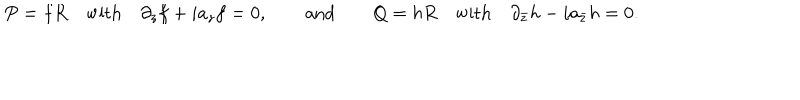
P = f R \quad \mathrm { w i t h } \quad \partial _ { z } f + i a _ { z } f = 0 , \qquad \mathrm { a n d } \qquad Q = h R \quad \mathrm { w i t h } \quad \partial _ { \bar { z } } h - i a _ { \bar { z } } h = 0 .